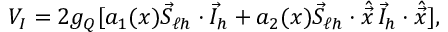
V _ { I } = 2 g _ { Q } [ a _ { 1 } ( x ) \vec { S } _ { \ell h } \cdot \vec { I } _ { h } + a _ { 2 } ( x ) \vec { S } _ { \ell h } \cdot \hat { \vec { x } } \, \vec { I } _ { h } \cdot \hat { \vec { x } } ] ,